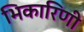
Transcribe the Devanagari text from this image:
भिकारिणी